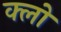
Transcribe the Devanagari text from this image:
क्लों